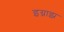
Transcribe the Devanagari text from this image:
इग्नाझ